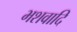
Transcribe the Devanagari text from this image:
भशवादि